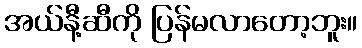
အယ်နီ့ဆီကို ပြန်မလာတော့ဘူး။